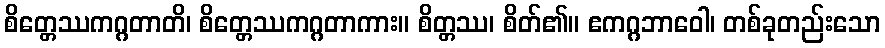
စိတ္တေဿကဂ္ဂတာတိ၊ စိတ္တေဿကဂ္ဂတာကား။ စိတ္တဿ၊ စိတ်၏။ ဧကဂ္ဂဘာဝေါ၊ တစ်ခုတည်းသော